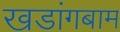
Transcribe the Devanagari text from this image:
खडांगबाम